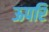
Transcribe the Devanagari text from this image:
ऊपरि